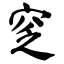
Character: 窆